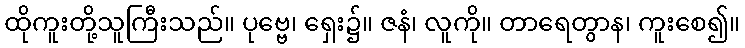
ထိုကူးတို့သူကြီးသည်။ ပုဗ္ဗေ၊ ရှေး၌။ ဇနံ၊ လူကို။ တာရေတွာန၊ ကူးစေ၍။